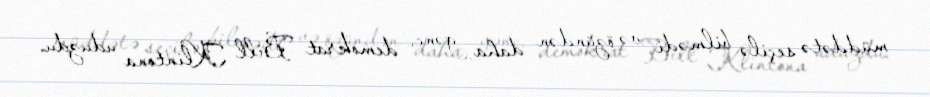
müddətə seçilə bilmədi və özündən daha gənc, demokrat Bill Klintona uduzdu.